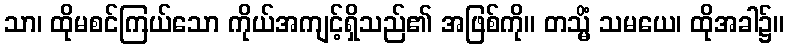
သာ၊ ထိုမစင်ကြယ်သော ကိုယ်အကျင့်ရှိသည်၏ အဖြစ်ကို။ တသ္မိံ သမယေ၊ ထိုအခါ၌။